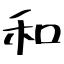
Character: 和